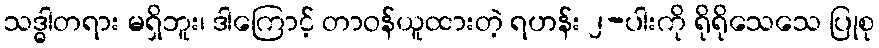
သဒ္ဓါတရား မရှိဘူး၊ ဒါကြောင့် တာဝန်ယူထားတဲ့ ရဟန်း ၂-ပါးကို ရိုရိုသေသေ ပြုစု